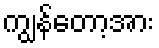
ကျွန်တော့အား